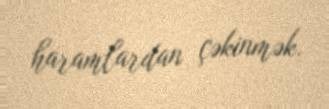
haramlardan çəkinmək.